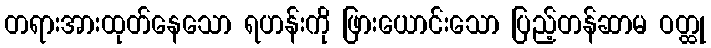
တရားအားထုတ်နေသော ရဟန်းကို ဖြားယောင်းသော ပြည့်တန်ဆာမ ဝတ္ထု